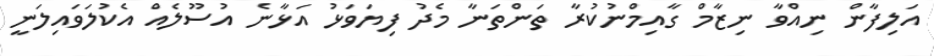
އަލިފާން ނިއްވާ ނިޒާމް ގާއިމްނުކުރާ ތަންތަނާ މެދު ފިޔަވަޅު އަޅާނެ އުސޫލެއް އެކުލަވައިލަނީ